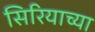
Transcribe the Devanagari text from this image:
सिरियाच्या